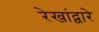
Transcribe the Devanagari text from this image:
रेखांद्वारे